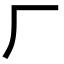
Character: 厂